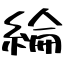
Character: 綸